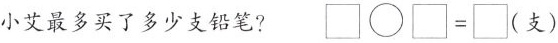
小艾小艾最多买了多少支铅笔?\square \bigcirc \square =\square （支）